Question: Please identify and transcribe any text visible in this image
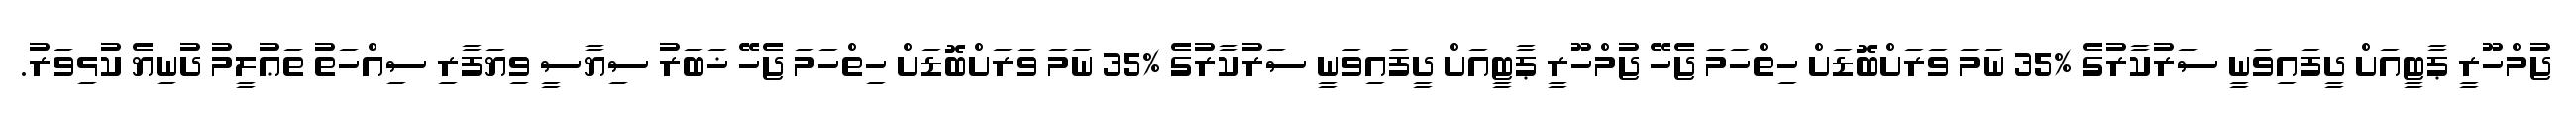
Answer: ޖުމްހޫރީ ޕާޓީއަށް ދީފައިވަނީ ސަރުކާރުގެ %35 ނަމަ ވަރަށްބޮޑަށް ހިތްހަމަ ޖެހޭ ޖުމްހޫރީ ޕާޓީއަށް ދީފައިވަނީ ސަރުކާރުގެ %35 ނަމަ ވަރަށްބޮޑަށް ހިތްހަމަ ޖެހޭ ޚަބަރު ސިޔާސީ ވިޔަފާރި ސިއްހަތު ތަޢުލީމު ދުނިޔެ ކުޅިވަރު.